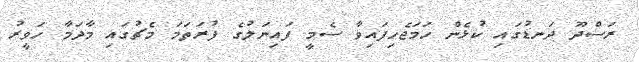
ރަސްދޫ ދަނޑުގައި ކުޅެން ހަމަޖެހިފައިވާ ސެމީ ފައިނަލުގެ ފުރަތަމަ މެޗުގައި މާދަމާ ހަވީރު